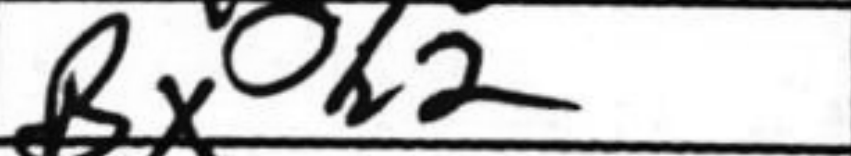
Transcription: Bxh2